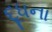
દૂધના